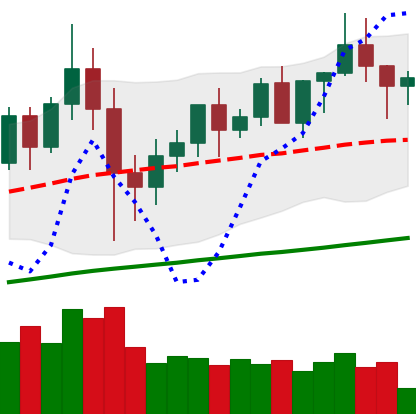
Ticker: XMR-USD
Chart end date: 2020-12-10
Forward return: 12.771%
Label: up_7plus